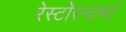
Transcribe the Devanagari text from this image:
रेस्‍टोरन्टमां